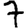
Digit: 7